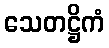
သေတဋ္ဌိကံ